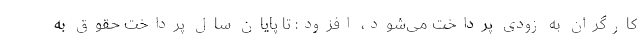
کارگران به زودی پرداخت می‌شود، افزود: تا پایان سال پرداخت حقوق به